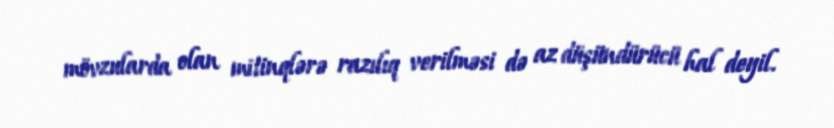
mövzularda olan mitinqlərə razılıq verilməsi də az düşündürücü hal deyil.